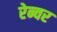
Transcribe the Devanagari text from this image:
रेन्वर